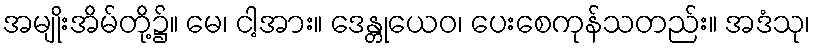
အမျိုးအိမ်တို့၌။ မေ၊ ငါ့အား။ ဒေန္တုယေဝ၊ ပေးစေကုန်သတည်း။ အဒံသု၊